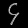
Digit: ၄